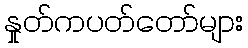
နှုတ်ကပတ်တော်များ